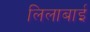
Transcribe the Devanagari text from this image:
लिलाबाई